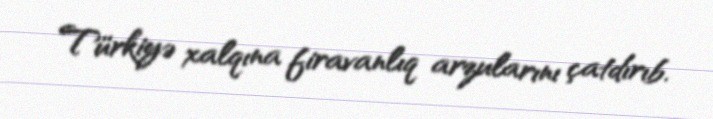
Türkiyə xalqına firavanlıq arzularını çatdırıb.